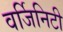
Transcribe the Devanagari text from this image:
वर्जिनिटी